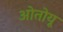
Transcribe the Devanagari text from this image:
ओतोयू